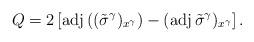
LaTeX: \begin{align*}Q=2\left[\operatorname{adj}\left((\tilde\sigma^\gamma)_{x^\gamma}\right)-(\operatorname{adj}\tilde\sigma^\gamma)_{x^\gamma}\right].\end{align*}